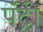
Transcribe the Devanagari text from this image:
पँट्री